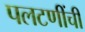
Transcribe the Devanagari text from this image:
पलटणींची